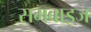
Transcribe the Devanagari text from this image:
समवाइज